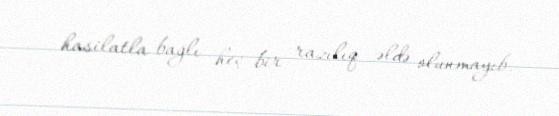
hasilatla bağlı heç bir razılıq əldə olunmayıb.